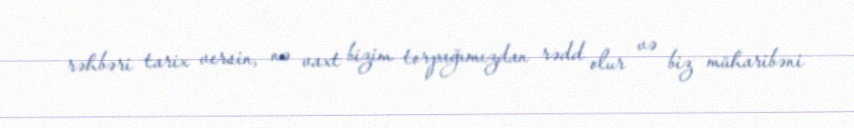
rəhbəri tarix versin, nə vaxt bizim torpağımızdan rədd olur və biz müharibəni